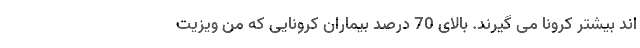
اند بیشتر کرونا می گیرند. بالای 70 درصد بیماران کرونایی که من ویزیت